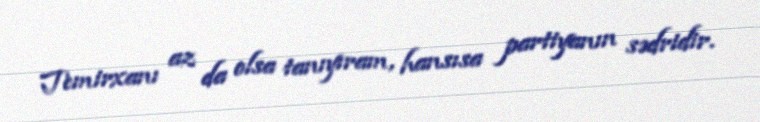
Temirxanı az da olsa tanıyıram, hansısa partiyanın sədridir.